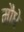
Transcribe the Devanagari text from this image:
मौधे